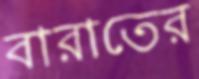
বারাতের